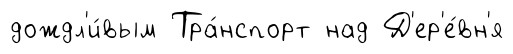
дождл'и́вым Тра́нспорт над Д'ер'е́вн'я